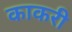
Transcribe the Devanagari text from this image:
काकरी